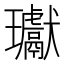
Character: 瓛